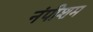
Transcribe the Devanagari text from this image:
नंपीशम